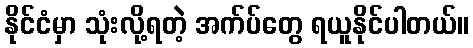
နိုင်ငံမှာ သုံးလို့ရတဲ့ အက်ပ်တွေ ရယူနိုင်ပါတယ်။